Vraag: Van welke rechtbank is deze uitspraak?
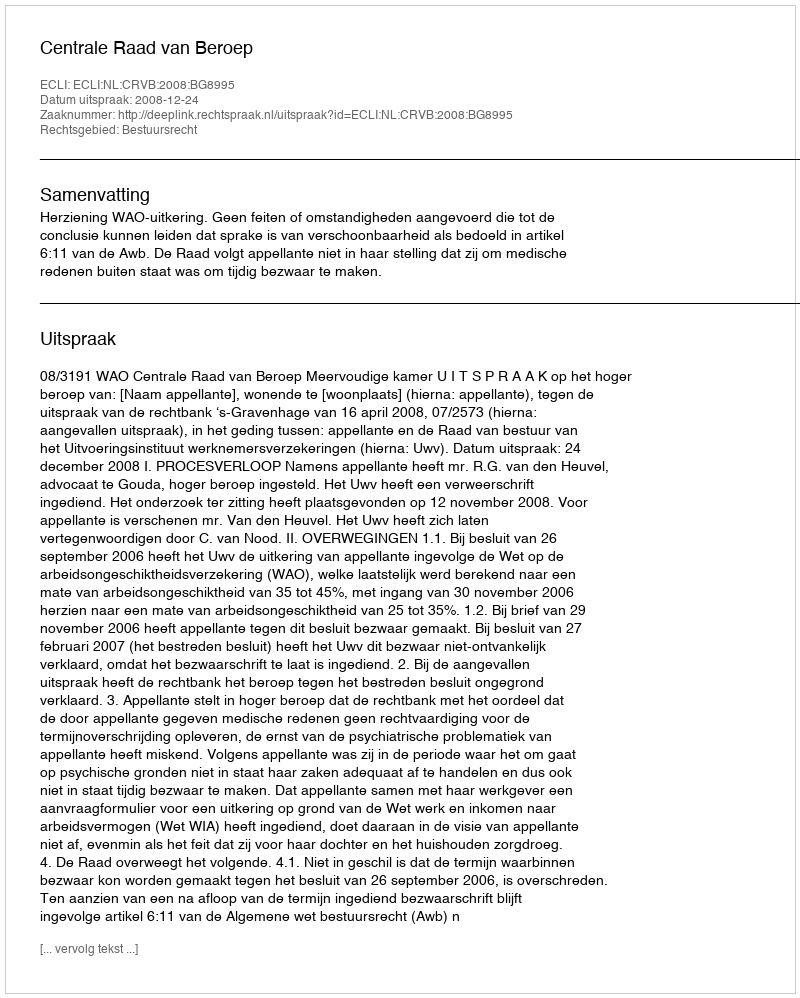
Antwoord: Centrale Raad van Beroep